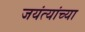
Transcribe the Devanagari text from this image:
जयंत्यांच्या